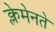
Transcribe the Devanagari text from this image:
क्लेमेनते